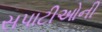
સપાટીઓની